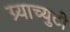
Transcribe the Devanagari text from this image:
ग्र्याच्युटी